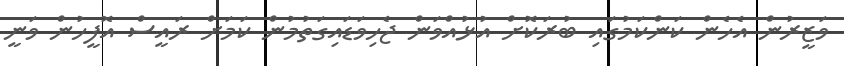
ވަޒީރުން އެހެން ކަންކަމުގައި ބުރަކޮށް އުޅުއްވަން ޖެހިވަޑައިގަތުމުން ކަމަށް ރައީސް އޮފީހުން ވަނީ